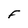
Character: F